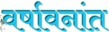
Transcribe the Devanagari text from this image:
वर्षावनांत